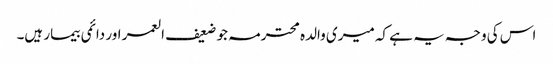
اس کی وجہ یہ ہے کہ میری والدہ محترمہ جو ضعیف العمر اور دائمی بیمار ہیں۔